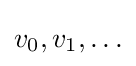
v_{0},v_{1},\ldots